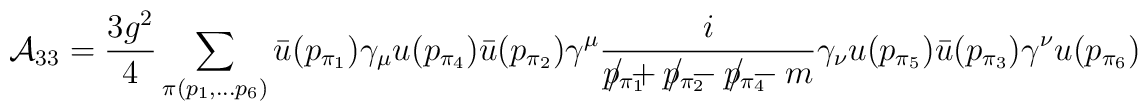
{\cal A}_{33}=\frac{3g^2}{4}\sum_{\pi(p_1,\ldots p_6)} \bar{u}(p_{\pi_1})\gamma_{\mu}u(p_{\pi_4})\bar{u}(p_{\pi_2})\gamma^{\mu} \frac{i}{p_{\pi_1} \! \! \!\! \! \! \!/+p_{\pi_2} \!\! \! \!\! \! \!/-p_{\pi_4} \! \!\!\!\!\!\!/-m}\gamma_{\nu}u(p_{\pi_5})\bar{u}(p_{\pi_3})\gamma^{\nu} u(p_{\pi_6})